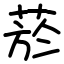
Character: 菸